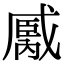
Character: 𢧿